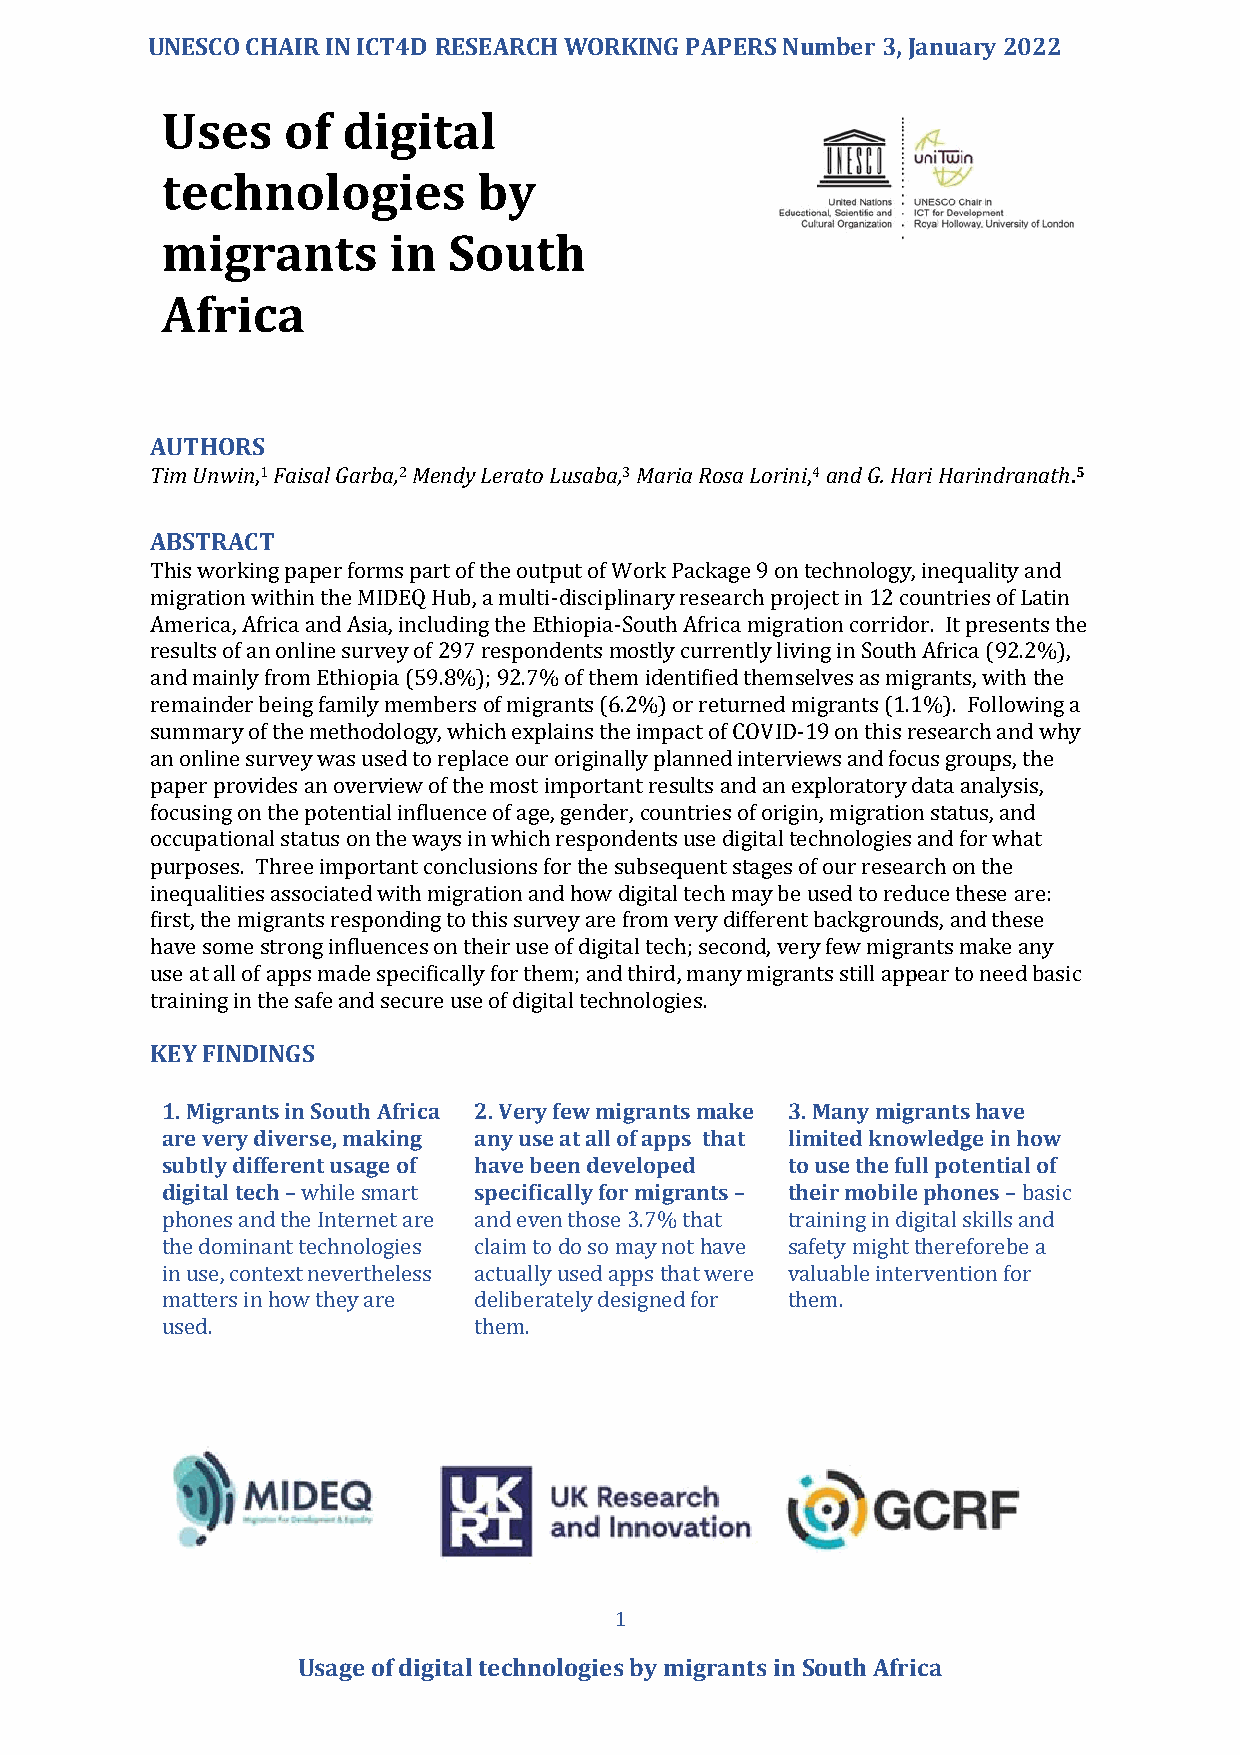
UNESCO CHAIR IN ICT4D RESEARCH WORKING PAPERS Number 3, January 2022
 Uses    of  digital
 technologies         by
 migrants       in  South
 Africa
 AUTHORS
 Tim Unwin,1 Faisal Garba,2 Mendy Lerato Lusaba,3 Maria Rosa Lorini,4 and G. Hari Harindranath.5
 ABSTRACT
 This working paper forms part of the output of Work Package 9 on technology, inequality and
 migration within the MIDEQ Hub, a multi-disciplinary research project in 12 countries of Latin
 America, Africa and Asia, including the Ethiopia-South Africa migration corridor. It presents the
 results of an online survey of 297 respondents mostly currently living in South Africa (92.2%),
 and mainly from Ethiopia (59.8%); 92.7% of them identified themselves as migrants, with the
 remainder being family members of migrants (6.2%) or returned migrants (1.1%). Following a
 summary of the methodology, which explains the impact of COVID-19 on this research and why
 an online survey was used to replace our originally planned interviews and focus groups, the
 paper provides an overview of the most important results and an exploratory data analysis,
 focusing on the potential influence of age, gender, countries of origin, migration status, and
 occupational status on the ways in which respondents use digital technologies and for what
 purposes. Three important conclusions for the subsequent stages of our research on the
 inequalities associated with migration and how digital tech may be used to reduce these are:
 first, the migrants responding to this survey are from very different backgrounds, and these
 have some strong influences on their use of digital tech; second, very few migrants make any
 use at all of apps made specifically for them; and third, many migrants still appear to need basic
 training in the safe and secure use of digital technologies.
 KEY FINDINGS
 1. Migrants in South Africa 2. Very few migrants make 3. Many migrants have
 are very diverse, making any use at all of apps that limited knowledge in how
 subtly different usage of have been developed to use the full potential of
 digital tech – while smart specifically for migrants – their mobile phones – basic
 phones and the Internet are and even those 3.7% that training in digital skills and
 the dominant technologies claim to do so may not have safety might thereforebe a
 in use, context nevertheless actually used apps that were valuable intervention for
 matters in how they are deliberately designed for them.
 used.               them.
 1
 Usage of digital technologies by migrants in South Africa